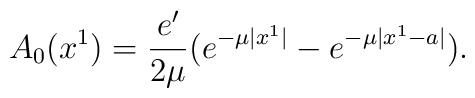
A_0 (x^1) = {e'\over {2\mu}} \big (e^{-\mu |x^1|} - e^{-\mu|x^1-a|}\big ).